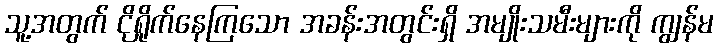
သူ့အတွက် ငိုရှိုက်နေကြသော အခန်းအတွင်းရှိ အမျိုးသမီးများကို ကျွန်မ